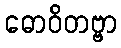
ဓောဝိတဗ္ဗာ